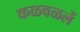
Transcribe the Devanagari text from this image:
कळवळलें